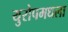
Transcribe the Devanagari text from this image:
युरोपमधला